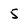
Character: 5